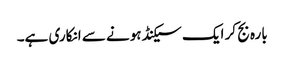
بارہ بج کر ایک سیکنڈ ہونے سے انکاری ہے۔